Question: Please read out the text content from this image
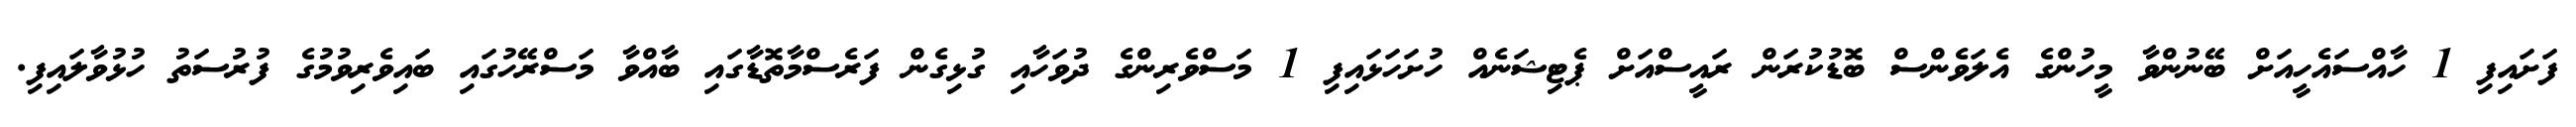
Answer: ފަށައިފި 1 ހާއްސައެހީއަށް ބޭނުންވާ މީހުންގެ އެލަވެންސް ބޮޑުކުރަން ރައީސްއަށް ޕެޓިޝަނެއް ހުށަހަޅައިފި 1 މަސްވެރިންގެ ދުވަހާއި ގުޅިގެން ފަރެސްމާތޮޑާގައި ބާއްވާ މަސްރޭހުގައި ބައިވެރިވުމުގެ ފުރުސަތު ހުޅުވާލައިފި.